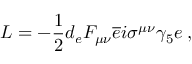
{ \cal L } = - \frac { 1 } { 2 } d _ { e } F _ { \mu \nu } \overline { { { e } } } i \sigma ^ { \mu \nu } \gamma _ { 5 } e \; ,